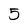
Character: 5